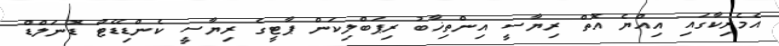
އެމެރިކާގައި އިއްޔެ އޮތް ރިޔާސީ އިންތިޚާބު ރިޕަބްލިކަން ޕާޓީގެ ރިޔާސީ ކެންޑިޑޭޓް ޑޮނަލްޑް